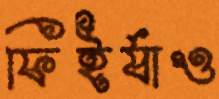
ফিইর্যাও